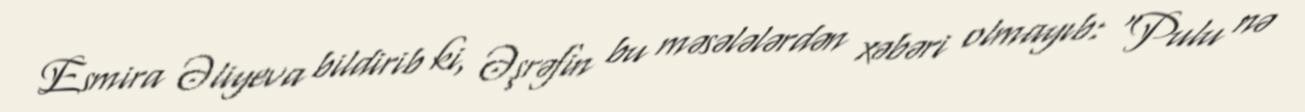
Esmira Əliyeva bildirib ki, Əşrəfin bu məsələlərdən xəbəri olmayıb: "Pulu nə